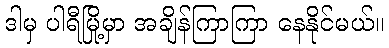
ဒါမှ ပါရီမြို့မှာ အချိန်ကြာကြာ နေနိုင်မယ်။